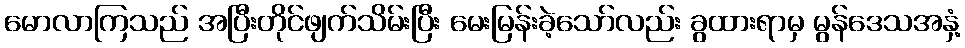
မောလာကြသည် အပြီးတိုင်ဖျက်သိမ်းပြီး မေးမြန်းခဲ့သော်လည်း ခွထားရာမှ မွန်ဒေသအနှံ့